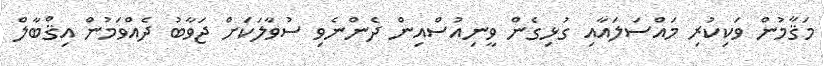
މަޤާމުން ވަކިކުރި މައްސަލައާއި ގުޅިގެން ވީނިއުސްއިން ދެންނެވި ސުވާލަކަށް ޖަވާބު ދެއްވަމުން އިޤްބާލް